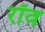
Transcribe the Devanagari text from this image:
रॉव